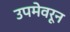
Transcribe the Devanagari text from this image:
उपमेवरून